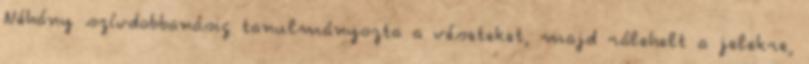
Néhány szívdobbanásig tanulmányozta a véseteket, majd rálehelt a jelekre,